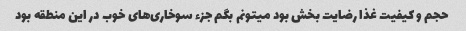
حجم و کیفیت غذا رضایت بخش بود میتونم بگم جزء سوخاری‌های خوب در این منطقه بود